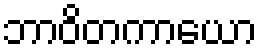
ဘာဝိတကာယော